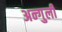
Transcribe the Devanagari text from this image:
अन्गुली